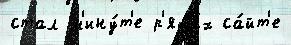
стал м'ину́т'е р'яда́х са́йт'е